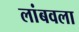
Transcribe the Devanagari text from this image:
लांबवला